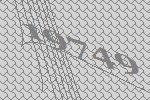
19749